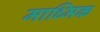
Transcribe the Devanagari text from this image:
माध्मिक